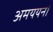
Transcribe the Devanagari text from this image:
अमययन।